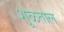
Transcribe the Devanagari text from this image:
शूळताल